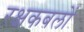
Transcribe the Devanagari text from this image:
रक्षकबलों